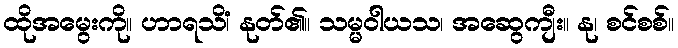
ထိုအမွေးကို။ ဟာရသိံ၊ နုတ်၏။ သမ္မဝါယသ၊ အဆွေကျီး။ နု၊ စင်စစ်။